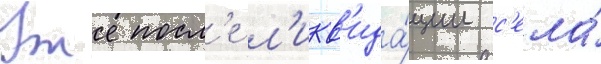
Уже посл'е л'икв'ида́ции с'ела́